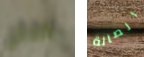
صفائح الصالة